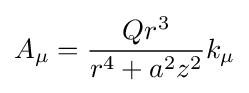
A_{\mu }={\frac {Qr^{3}}{r^{4}+a^{2}z^{2}}}k_{\mu }